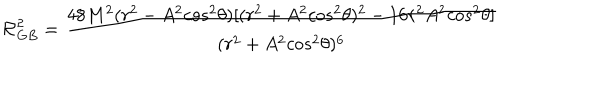
{ \cal { R } } _ { G B } ^ { 2 } = { \frac { 4 8 M ^ { 2 } ( r ^ { 2 } - A ^ { 2 } { c o s } ^ { 2 } \theta ) [ ( r ^ { 2 } + A ^ { 2 } { c o s } ^ { 2 } \theta ) ^ { 2 } - 1 6 r ^ { 2 } A ^ { 2 } { c o s } ^ { 2 } \theta ] } { ( r ^ { 2 } + A ^ { 2 } { c o s } ^ { 2 } \theta ) ^ { 6 } } } \,